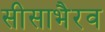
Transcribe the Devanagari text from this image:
सीसाभैरव